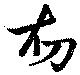
初